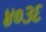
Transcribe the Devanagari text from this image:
४०३६